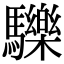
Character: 𩧂